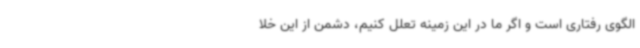
الگوی رفتاری است و اگر ما در این زمینه تعلل کنیم، دشمن از این خلا